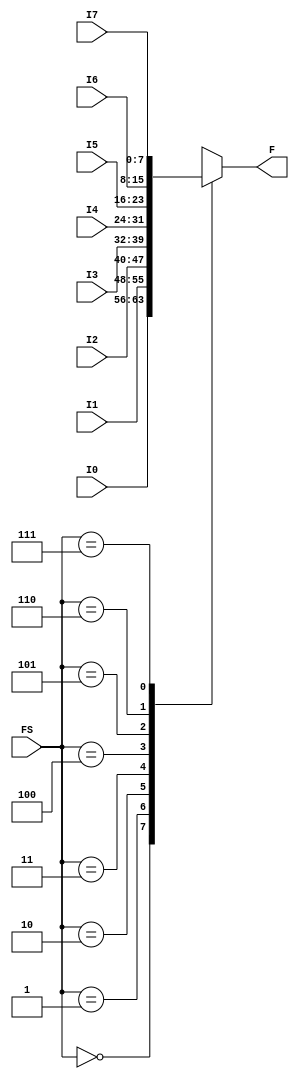
module Mux8to1Nbit(F, FS, I7, I6, I5, I4, I3, I2, I1, I0);

parameter N = 8;
output reg [N-1:0]F;
input [2:0] FS;
input [N-1:0] I7, I6, I5, I4, I3, I2, I1, I0;

	always @(*) begin
		case(FS)
			5'h00: F <= I0;
			5'h01: F <= I1;
			5'h02: F <= I2;
			5'h03: F <= I3;
			5'h04: F <= I4;
			5'h05: F <= I5;
			5'h06: F <= I6;
			5'h07: F <= I7;
		endcase
	end
endmodule